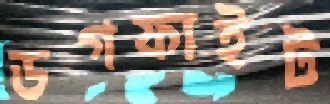
ডগফাইট